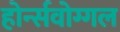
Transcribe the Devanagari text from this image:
होर्न्सवोग्गल